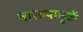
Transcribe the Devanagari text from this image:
वारल्यामुळें